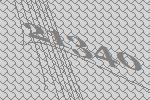
21340